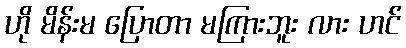
ဟို မိန်းမ ပြောတာ မကြားဘူး လား ဟင်